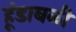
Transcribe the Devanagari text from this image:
हूंडाबळी